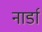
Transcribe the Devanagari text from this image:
नार्डा